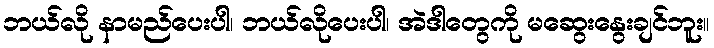
ဘယ်လို နာမည်ပေးပါ၊ ဘယ်လိုပေးပါ၊ အဲဒါတွေကို မဆွေးနွေးချင်ဘူး။